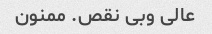
عالی و‌بی نقص. ممنون